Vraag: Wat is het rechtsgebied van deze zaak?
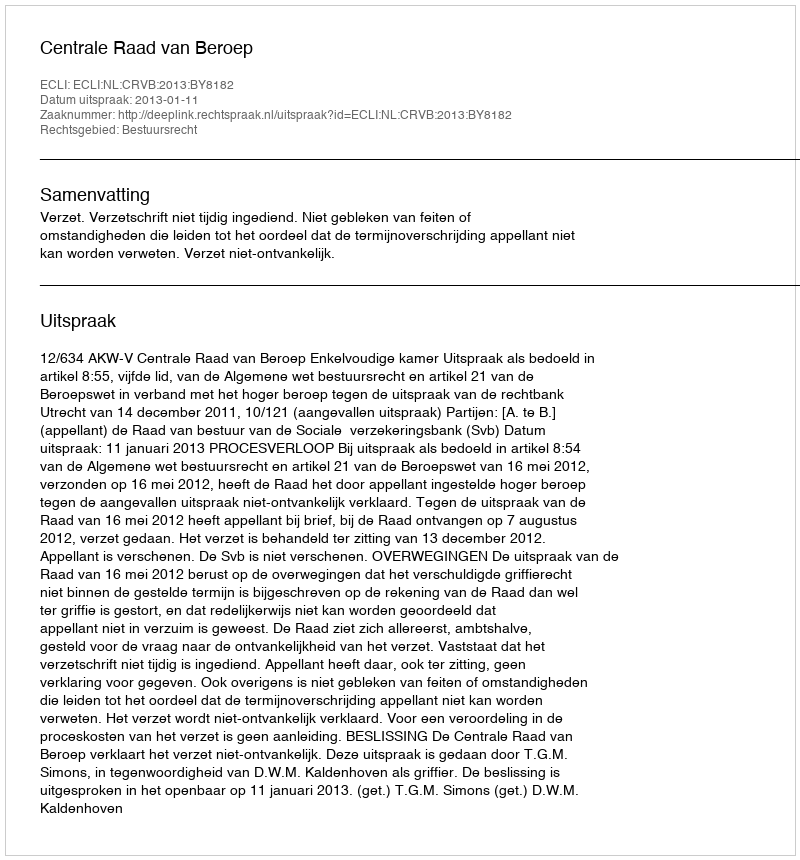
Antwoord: Bestuursrecht